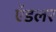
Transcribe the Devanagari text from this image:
ऍडलर